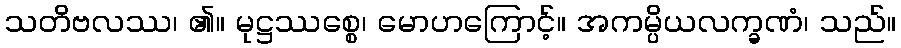
သတိဗလဿ၊ ၏။ မုဋ္ဌဿစ္စေ၊ မောဟကြောင့်။ အကမ္ပိယလက္ခဏံ၊ သည်။